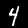
Digit: 4